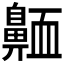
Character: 𪖩